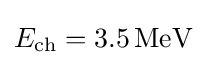
E_{\mathrm {ch} }=3.5\,\mathrm {MeV}